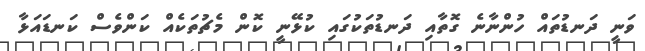
ވަނީ ދަނޑުތައް ހުންނާނެ ގޮތާއި ދަނޑުތަކުގައި ކުޅޭނީ ކޮން މެޗުތަކެއް ކަންވެސް ކަނޑައަޅާ